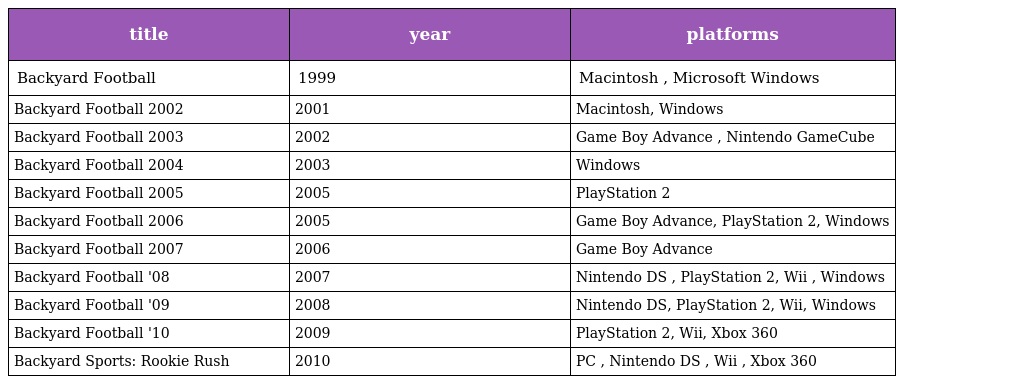
| title | year | platforms |
 | --- | --- | --- |
 | Backyard Football | 1999 | Macintosh , Microsoft Windows |
 | Backyard Football 2002 | 2001 | Macintosh, Windows |
 | Backyard Football 2003 | 2002 | Game Boy Advance , Nintendo GameCube |
 | Backyard Football 2004 | 2003 | Windows |
 | Backyard Football 2005 | 2005 | PlayStation 2 |
 | Backyard Football 2006 | 2005 | Game Boy Advance, PlayStation 2, Windows |
 | Backyard Football 2007 | 2006 | Game Boy Advance |
 | Backyard Football '08 | 2007 | Nintendo DS , PlayStation 2, Wii , Windows |
 | Backyard Football '09 | 2008 | Nintendo DS, PlayStation 2, Wii, Windows |
 | Backyard Football '10 | 2009 | PlayStation 2, Wii, Xbox 360 |
 | Backyard Sports: Rookie Rush | 2010 | PC , Nintendo DS , Wii , Xbox 360 |